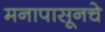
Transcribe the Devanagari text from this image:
मनापासूनचे